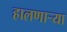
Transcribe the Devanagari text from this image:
हालणाऱ्या